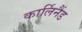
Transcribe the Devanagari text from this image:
कार्लिनैंड